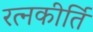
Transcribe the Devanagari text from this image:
रत्‍नकीर्ति